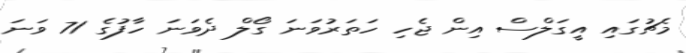
މެޗުގައި އީގަލްސް އިން ޖެހި ހަަތަރުވަނަ ގޯލް ދެވަނަ ހާފުގެ 71 ވަނަ